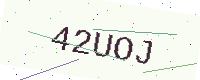
Text: 42UOJ